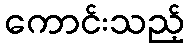
ကောင်းသည့်